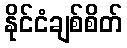
နိုင်ငံချစ်စိတ်